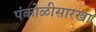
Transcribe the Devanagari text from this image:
पंकोळीसारखा